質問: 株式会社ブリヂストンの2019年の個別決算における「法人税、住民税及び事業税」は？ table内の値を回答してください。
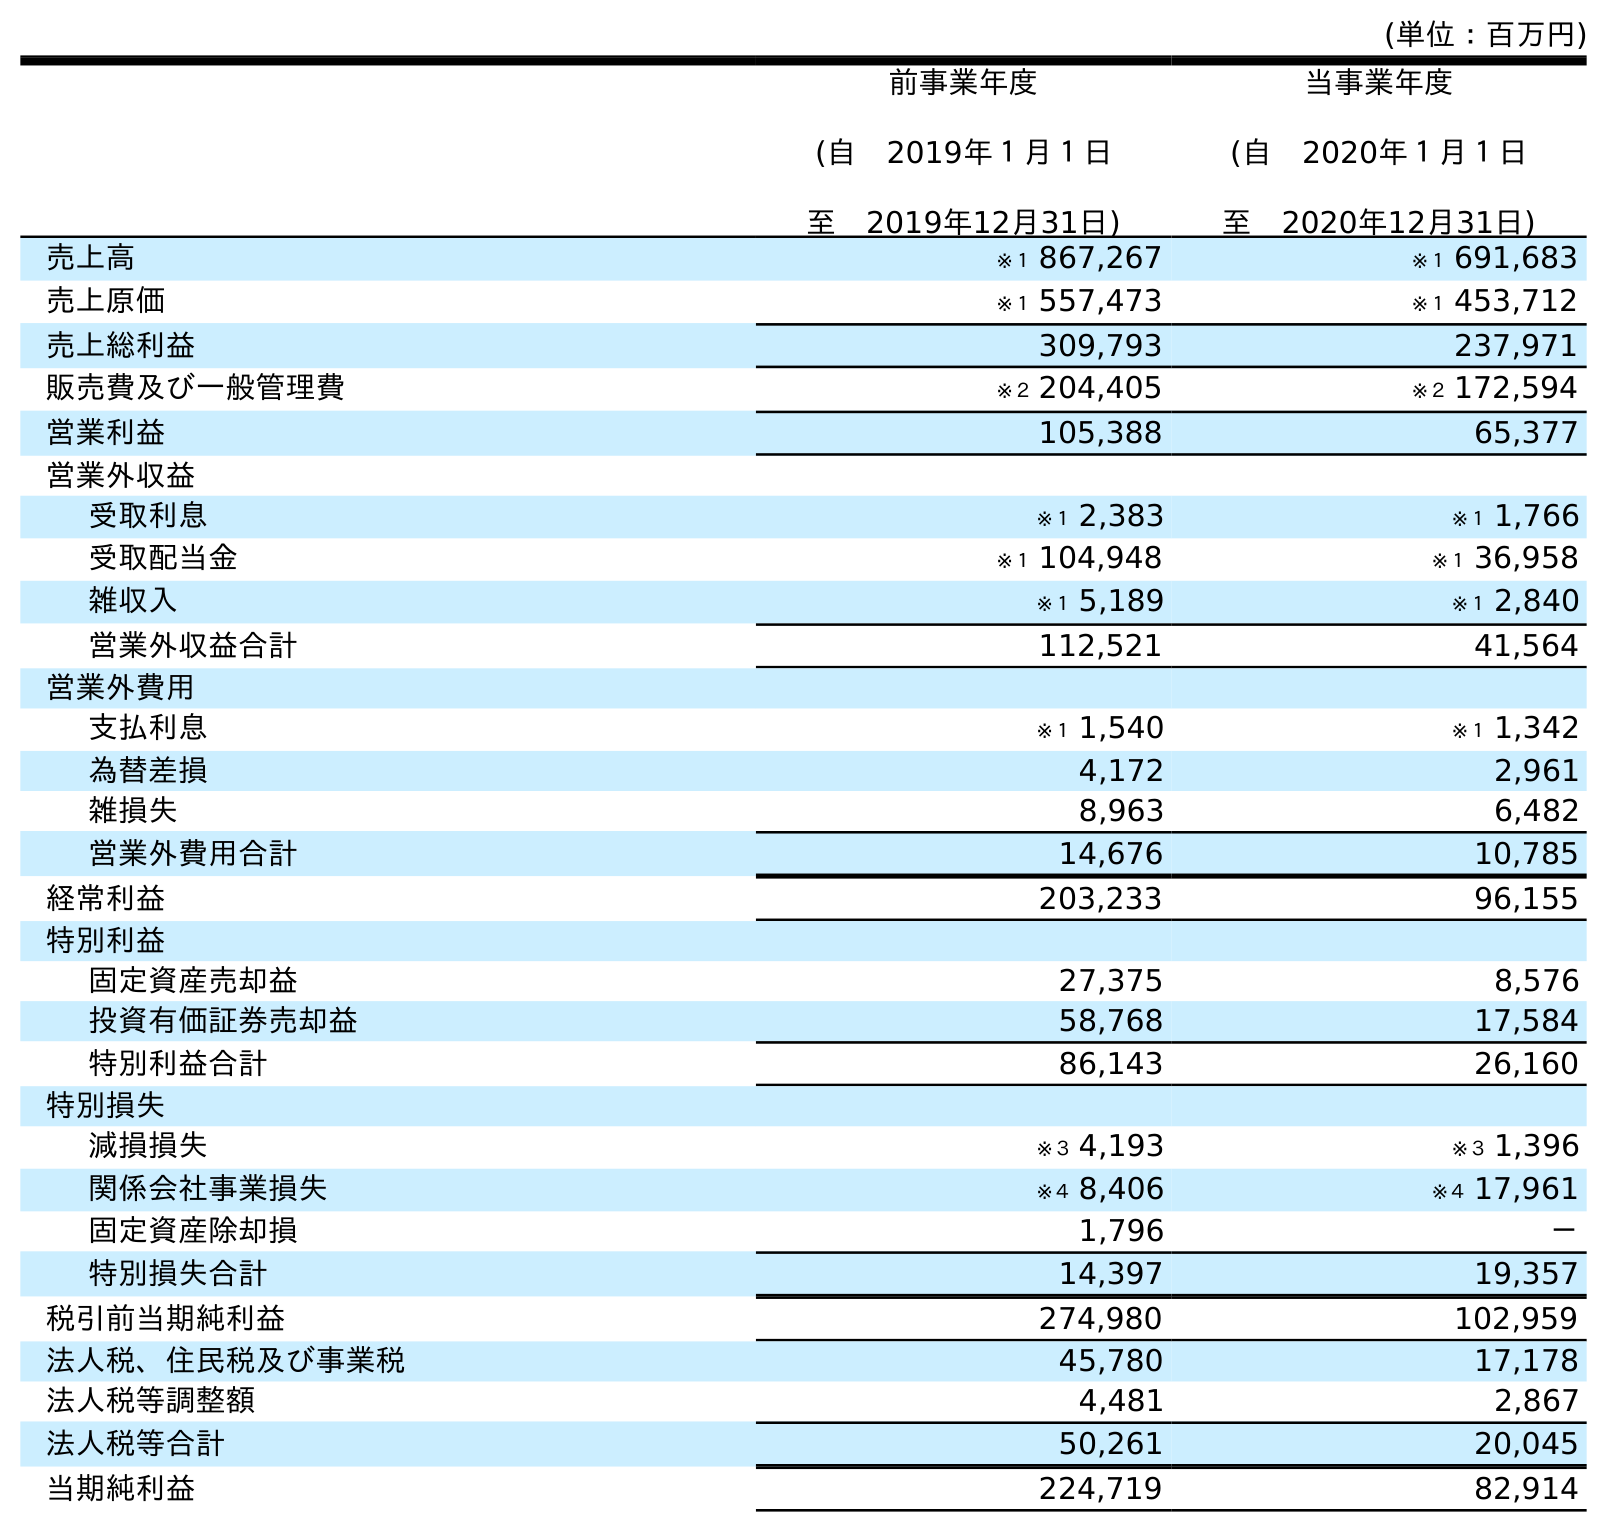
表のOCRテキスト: (単位：百万円) 前事業年度 (自 2019年１月１日 至 2019年12月31日) 当事業年度 (自 2020年１月１日 至 2020年12月31日) 売上高 ※１ 867,267 ※１ 691,683 売上原価 ※１ 557,473 ※１ 453,712 売上総利益 309,793 237,971 販売費及び一般管理費 ※２ 204,405 ※２ 172,594 営業利益 105,388 65,377 営業外収益 受取利息 ※１ 2,383 ※１ 1,766 受取配当金 ※１ 104,948 ※１ 36,958 雑収入 ※１ 5,189 ※１ 2,840 営業外収益合計 112,521 41,564 営業外費用 支払利息 ※１ 1,540 ※１ 1,342 為替差損 4,172 2,961 雑損失 8,963 6,482 営業外費用合計 14,676 10,785 経常利益 203,233 96,155 特別利益 固定資産売却益 27,375 8,576 投資有価証券売却益 58,768 17,584 特別利益合計 86,143 26,160 特別損失 減損損失 ※３ 4,193 ※３ 1,396 関係会社事業損失 ※４ 8,406 ※４ 17,961 固定資産除却損 1,796 － 特別損失合計 14,397 19,357 税引前当期純利益 274,980 102,959 法人税、住民税及び事業税 45,780 17,178 法人税等調整額 4,481 2,867 法人税等合計 50,261 20,045 当期純利益 224,719 82,914
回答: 45,780